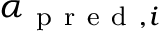
\boldsymbol { \alpha } _ { \mathrm { ~ p ~ r ~ e ~ d ~ } , i }